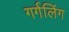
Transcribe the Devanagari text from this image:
गर्गलिंग